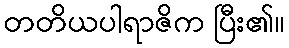
တတိယပါရာဇိက ပြီး၏။